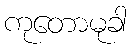
ကုတောမုခါ